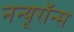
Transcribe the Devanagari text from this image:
नन्यूरॉन्स